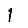
Digit: 1